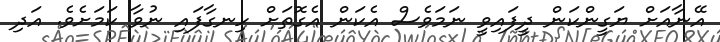
އޭނާއަށް ޔަގީންކަން ދީފައިވީ ނަމަވެސް އެކަން އެގޮތަށް ހިނގާފައި ނުވާ ކަމަށެވެ. އަދި